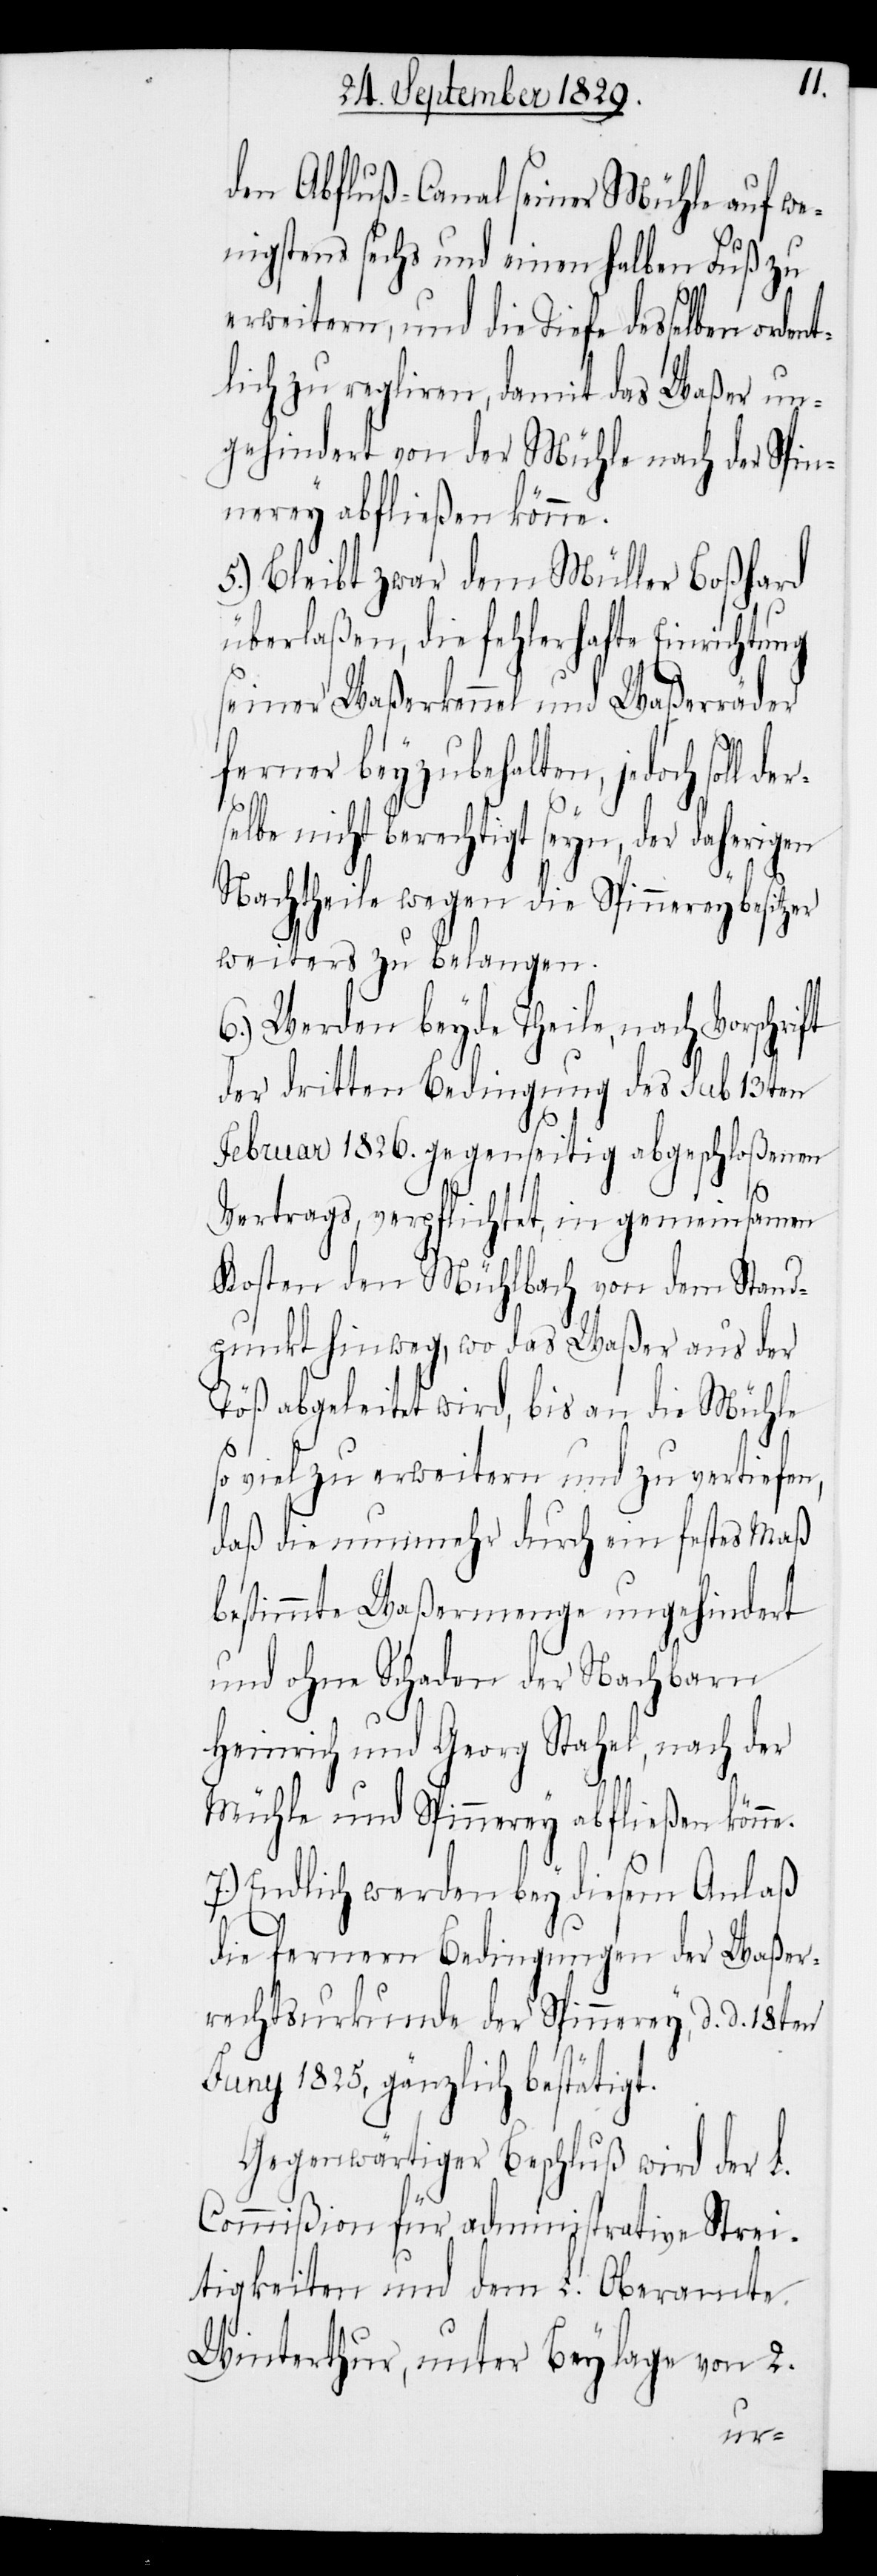
den Abfluß-Canal seiner Mühle auf we¬
nigstens sechs und einen halben Fuß zu
erweitern, und die Tiefe desselben orde¬
lich zu regliren, damit das Waßer un¬
gehindert von der Mühle nach der Spin¬
nerey abfließen könne.
5.) Bleibt zwar dem Müller Boßhard
überlaßen, die fehlerhafte Einrichtung
seiner Waßerkennel und Waßerräder
ferner beyzubehalten, jedoch so¬
ll
selbe nicht berechtigt seyn, der daherigen
Nachtheile wegen die Spinnereybesit¬
weiters zu belangen.
6.) Werden beyde Theile, nach Vorschrift
der dritten Bedingung des sub 13ten
Februar 1826. gegenseitig abgeschloßenen
Vertrags, verpflichtet, in gemeinsamen
Kosten den Mühlebach von dem Stand¬
punkt hinweg, wo das Waßer aus der
Töß abgeleitet wird, bis an die Mühle
so viel zu erweitern und zu vertiefen,
daß die nunmehr durch ein festes Maß
bestimmte Waßermenge ungehindert
und ohne Schaden der Nachbarn
Heinrich und Georg Stahel, nach der
Mühle und Spinnerey abfließen könne.
7.) Endlich werden bey diesem Anlaß
die fernern Bedingungen der Waßer¬
rechtsurkunde der Spinnerey, d. d. 18ten
Juny 1825, gänzlich bestätigt.
Gegenwärtiger Beschluß wird der L.
Commißion für Administrative Strei¬
tigkeiten und dem L. Oberamte
Winterthur, unter Beylage von 2.
zer